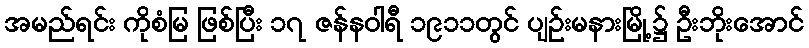
အမည်ရင်း ကိုစံမြ ဖြစ်ပြီး ၁၇ ဇန်နဝါရီ ၁၉၁၁တွင် ပျဉ်းမနားမြို့၌ ဦးဘိုးအောင်